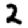
Digit: 2